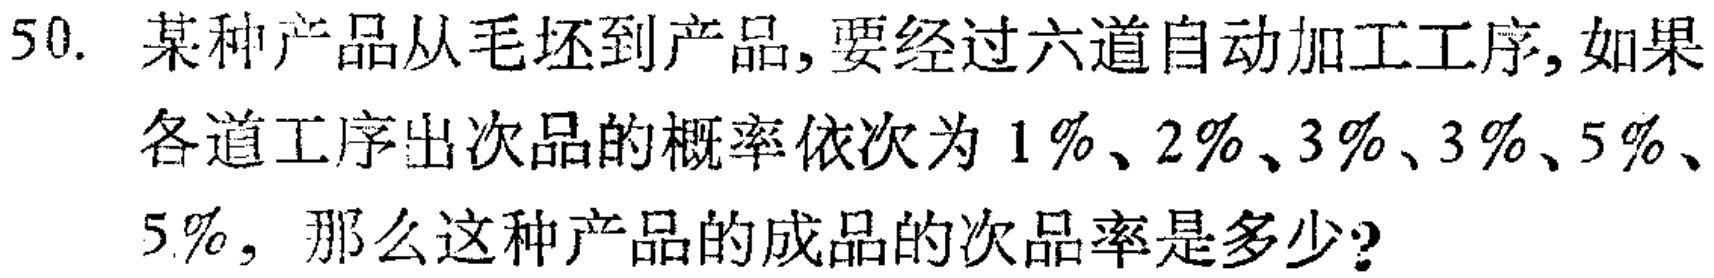
50. 某种产品从毛坯到产品,要经过六道自动加工工序,如果
各道工序出次品的概率依次为 \(1\%\)、\(2\%\)、\(3\%\)、\(3\%\)、\(5\%\)、
\(5\%\)，那么这种产品的成品的次品率是多少?